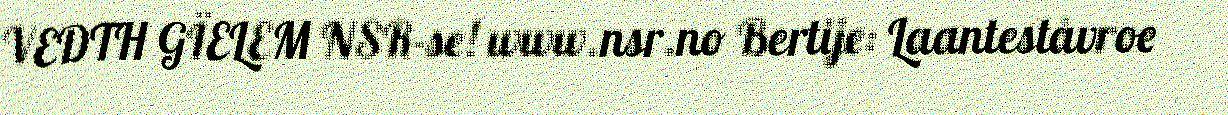
VEDTH GÏELEM NSR-se! www.nsr.no Bertije: Laanteståvroe